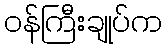
ဝန်ကြီးချုပ်က